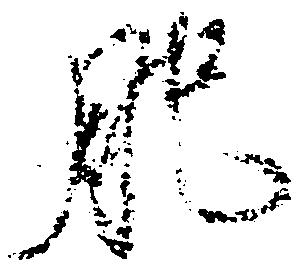
肥